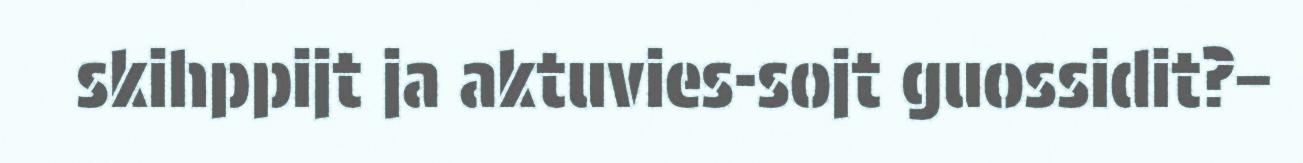
skihppijt ja aktuvies-sojt guossidit?–